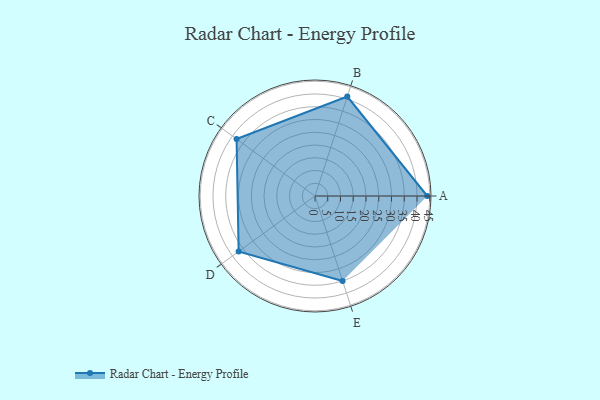
{"axis": {"x": "Skill", "y": "Score"}, "legend": ["Profile"], "data": [{"x": "A", "y": 44.0, "type": "Profile"}, {"x": "B", "y": 41.0, "type": "Profile"}, {"x": "C", "y": 38.0, "type": "Profile"}, {"x": "D", "y": 37.0, "type": "Profile"}, {"x": "E", "y": 35.0, "type": "Profile"}]}